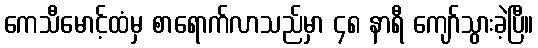
ကေသီမောင့်ထံမှ စာရောက်လာသည်မှာ ၄၈ နာရီ ကျော်သွားခဲ့ပြီ။